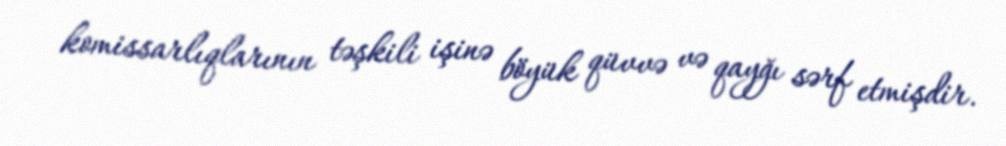
komissarlıqlarının təşkili işinə böyük qüvvə və qayğı sərf etmişdir.